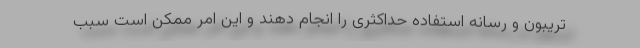
تریبون و رسانه استفاده حداکثری را انجام دهند و این امر ممکن است سبب